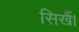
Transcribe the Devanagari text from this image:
सिखैं।